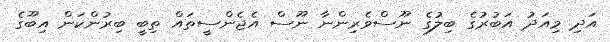
އަދި މިއަދު އަބުރުގެ ބިލުގެ ނޫސްވެރިންނާ ނޫސް އެޖެންސީތައް ތިބީ ބިރުންކަން އިބޫގެ